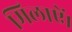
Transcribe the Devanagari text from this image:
मिलाऐं।